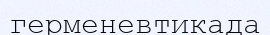
герменевтикада